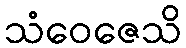
သံဝေဇေသိ